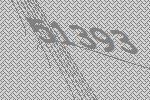
51393